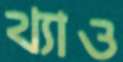
থ্যাও